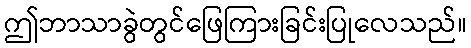
ဤဘာသာခွဲတွင်ဖြေကြားခြင်းပြုလေသည်။